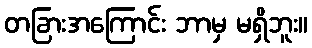
တခြားအကြောင်း ဘာမှ မရှိဘူး။